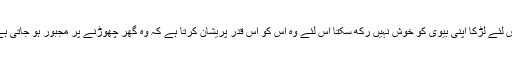
یاپھر شادی لڑکے کی مرضی سے نہیں ہوئی اس لئے لڑکا اپنی بیوی کو خوش نہیں رکھ سکتا اس لئے وہ اس کو اس قدر پریشان کرتا ہے کہ وہ گھر چھوڑنے پر مجبور ہو جاتی ہے جس سے دو گھروں کا سکون تباہ ہو جاتا ہے۔